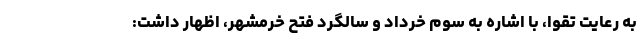
به رعایت تقوا، با اشاره به سوم خرداد و سالگرد فتح خرمشهر، اظهار داشت: